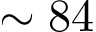
\sim 8 4